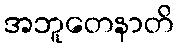
အဘူတေနာတိ